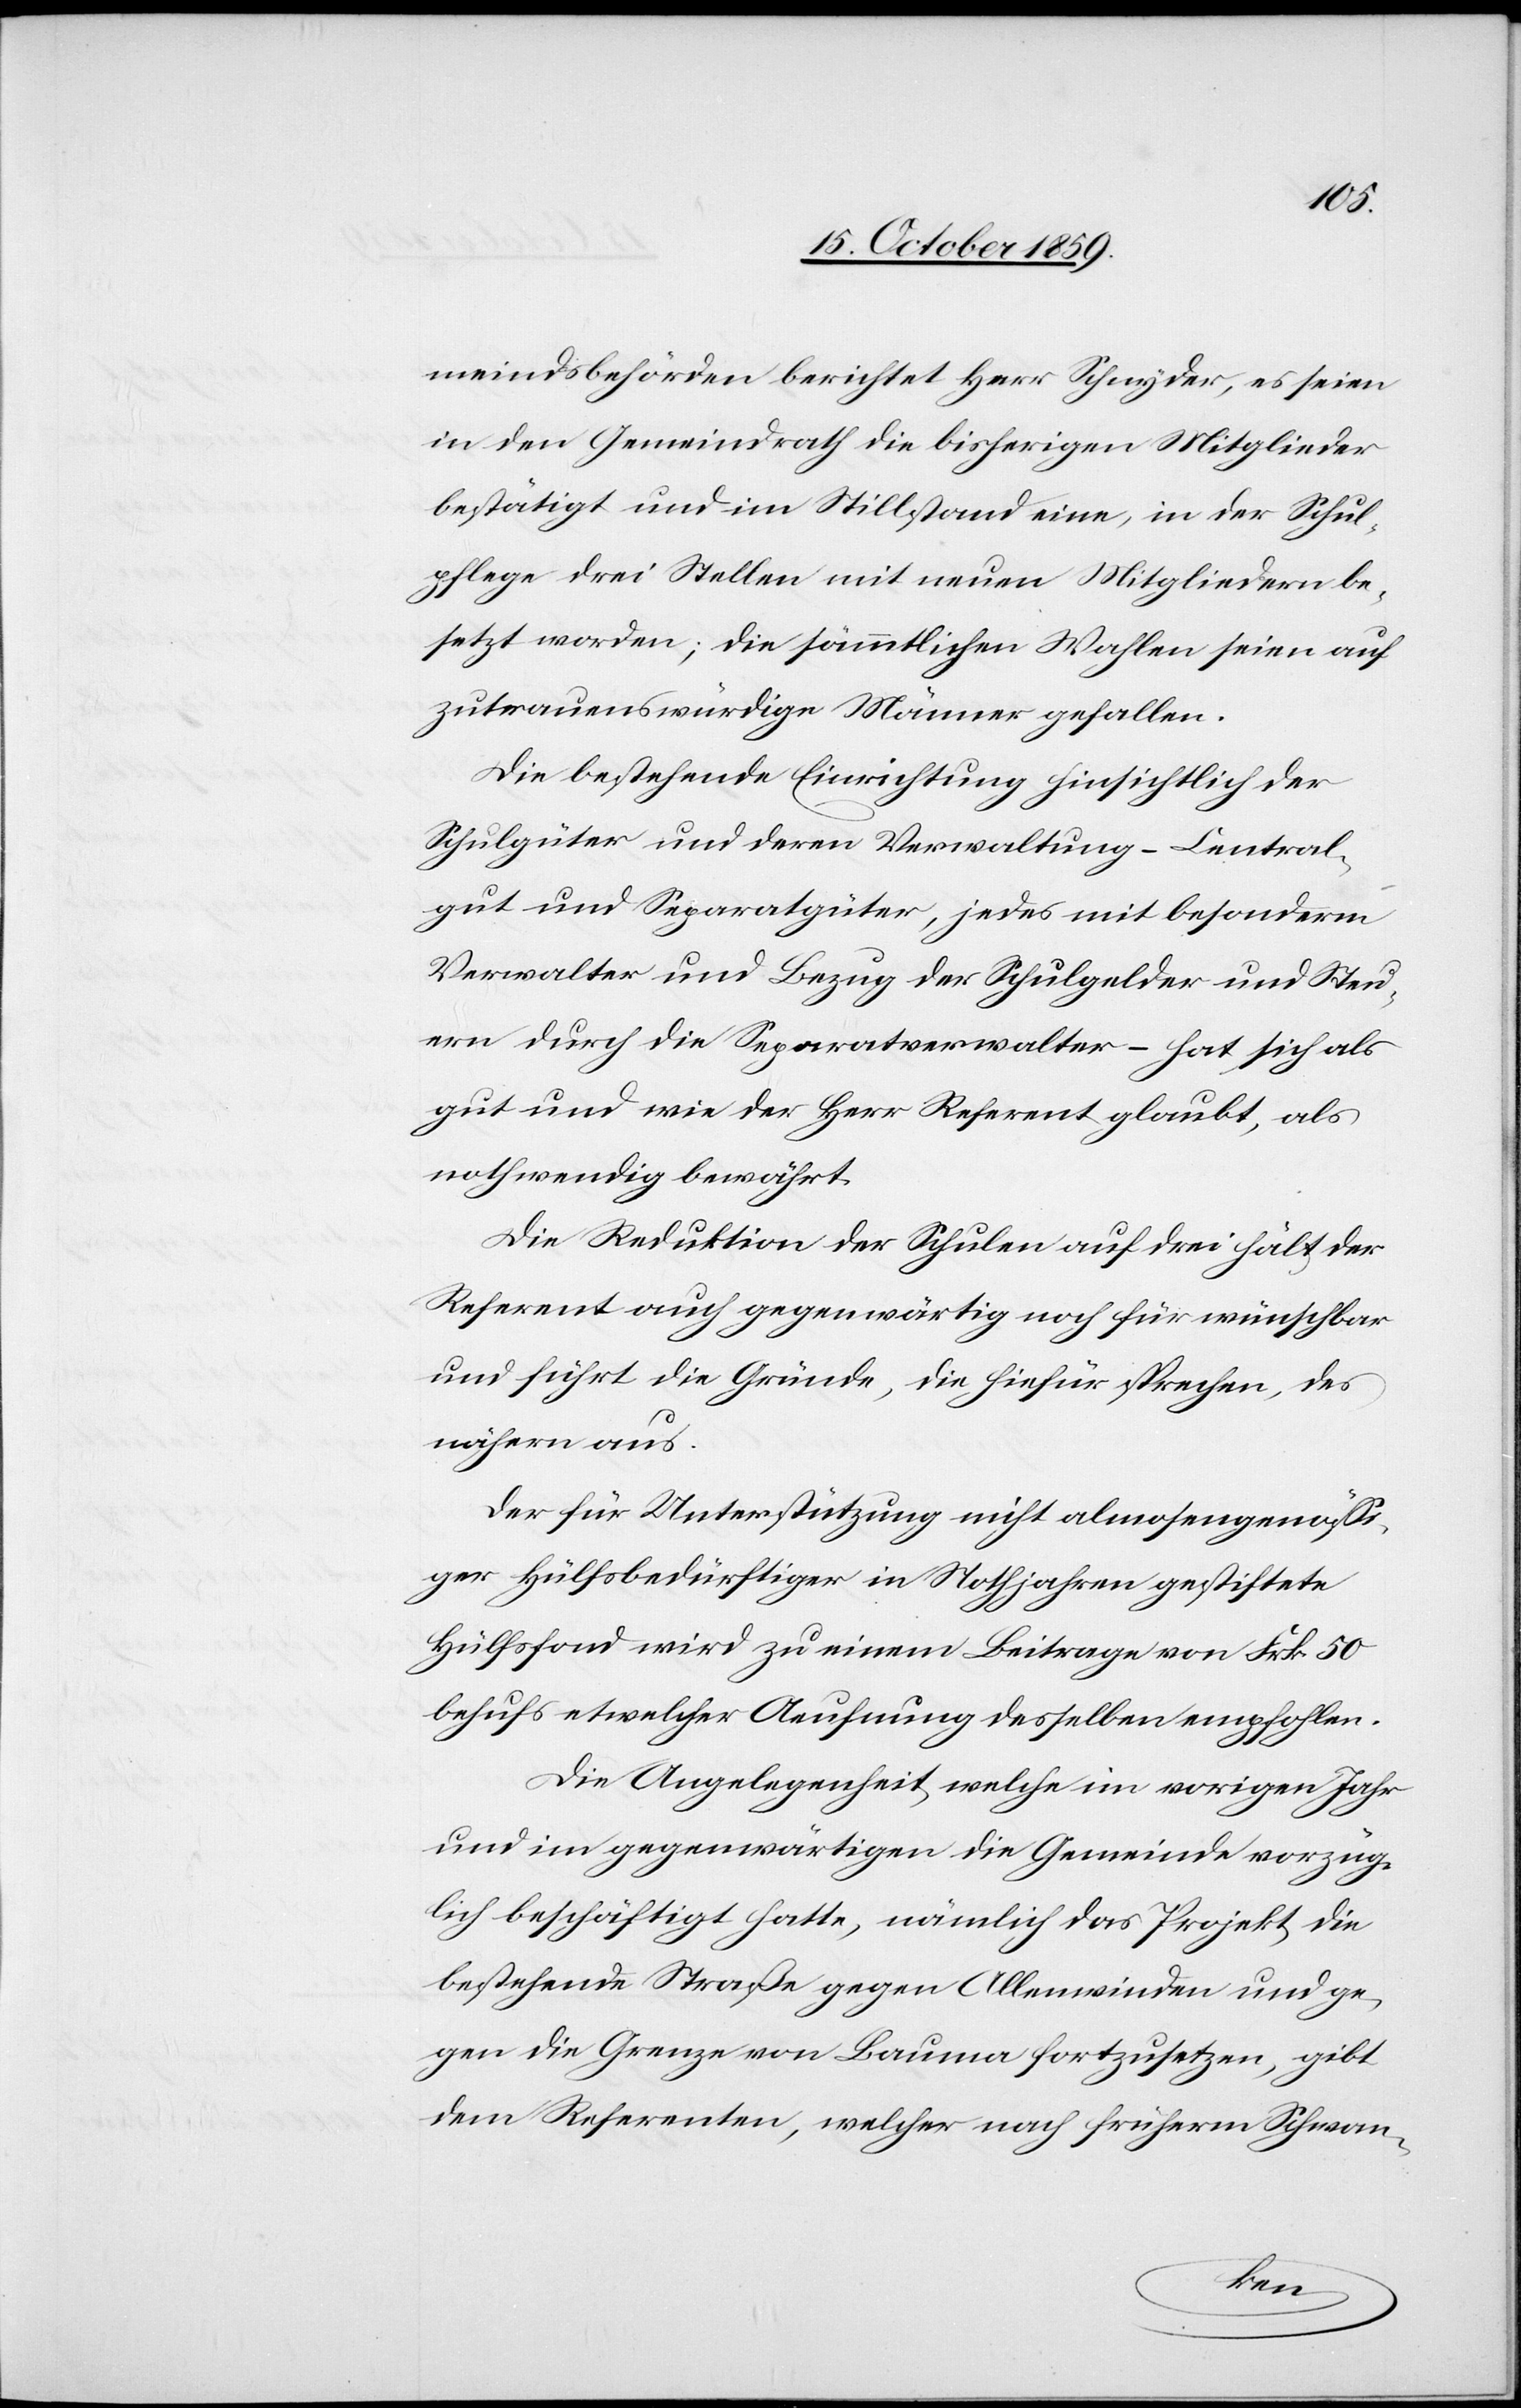
meindsbehörden berichtet Herr Schnyder, es seinen
in den Gemeindrath die bisherigen Mitglieder
bestätigt und im Stilstand eine, in der Schul¬
pflege drei Stellen mit neuen Mitgliedern be¬
setzt worden; die sämmtlichen Wahlen seien auf
zutrauenswürdige Männer gefallen.
Die bestehende Einrichtung hinsichtlich der
Schulgüter und deren Verwaltung – Central¬
gut und Separatgüter, jedes mit besonderm
Verwalter und Bezug der Schulgelder und Steu¬
ern durch die Separatverwalter – hat sich als
gut und wie der Herr Referent glaubt, als
nothwendig bewährt.
Die Reduktion der Schulen auf drei hält der
Referent auch gegenwärtig noch für wünschbar
und führt die Gründe, die hiefür sprechen, des
nähern aus.
Der für Unterstützung nicht almosengenössi¬
ger Hülfsbedürftiger in Nothjahren gestiftete
Hülfsfond wird zu einem Beitrage von Frk. 50
behufs etwelcher Aeufnung derselben empfohlen.
Die Angelegenheit, welche im vorigen Jahr
und im gegenwärtigen die Gemeinde vorzüg¬
lich beschäftigt hatte, nämlich das Projekt, die
bestehende Straße gegen Allenwinden und ge¬
gen die Grenze von Bauma fortzusetzen, gibt
dem Referenten, welcher nach früherm Schwan-